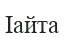
Іайта